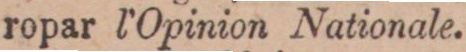
ropar l’Opinion Nationale.